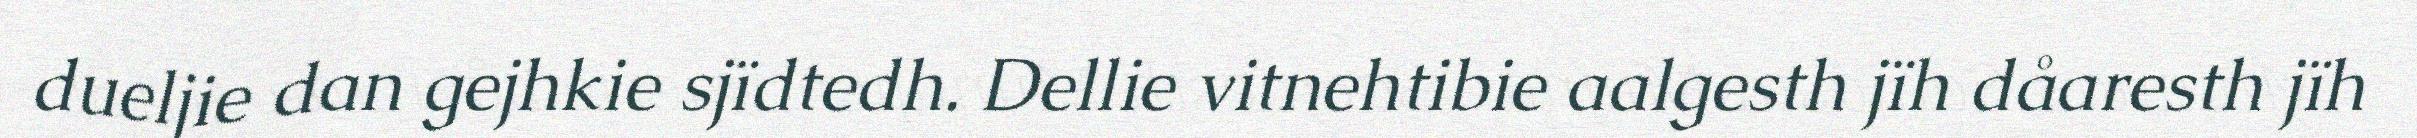
dueljie dan gejhkie sjïdtedh. Dellie vitnehtibie aalgesth jïh dåaresth jïh